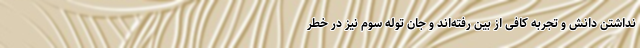
نداشتن دانش و تجربه کافی از بین رفته‌اند و جان توله سوم نیز در خطر